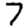
Digit: 7